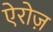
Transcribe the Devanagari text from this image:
ऐरोज़